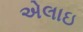
એલાઇ